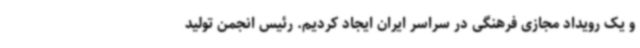
و یک رویداد مجازی فرهنگی در سراسر ایران ایجاد کردیم. رئیس انجمن تولید